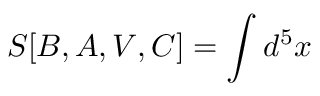
S [ B , A , V , C ] = \int d ^ { 5 } x